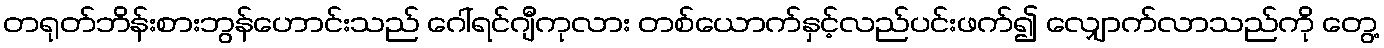
တရုတ်ဘိန်းစားဘွန်ဟောင်းသည် ဂေါ်ရင်ဂျီကုလား တစ်ယောက်နှင့်လည်ပင်းဖက်၍ လျှောက်လာသည်ကို တွေ့